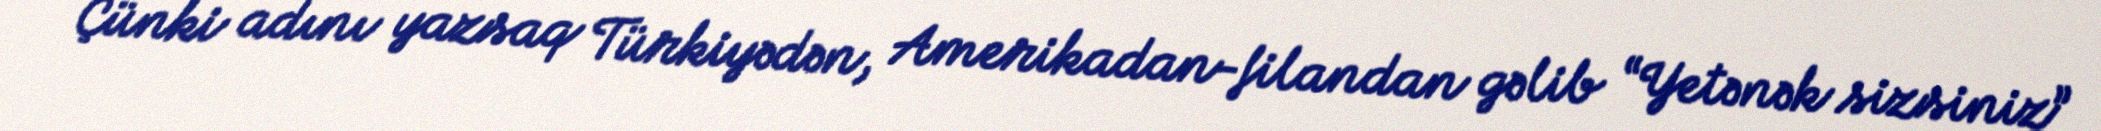
Çünki adını yazsaq Türkiyədən, Amerikadan-filandan gəlib “Yetənək sizsiniz”